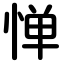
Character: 惮